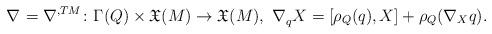
LaTeX: \begin{align*} \nabla^{}=\nabla^{,TM}\colon\Gamma(Q)\times\mathfrak{X}(M)\to\mathfrak{X}(M),\ \nabla^{}_{q} X = [\rho_Q(q),X] + \rho_Q(\nabla_X q).\end{align*}